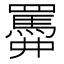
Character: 𦌹